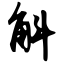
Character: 斛